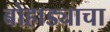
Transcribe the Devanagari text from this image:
बोहाड्याचा